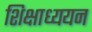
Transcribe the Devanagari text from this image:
शिक्षाध्ययन